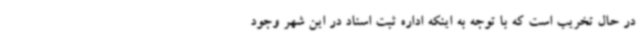
در حال تخریب است که با توجه به اینکه اداره ثبت اسناد در این شهر وجود